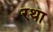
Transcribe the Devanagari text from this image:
रथा